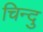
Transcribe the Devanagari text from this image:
चिन्दु